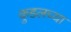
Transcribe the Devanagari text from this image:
कुडलच्या